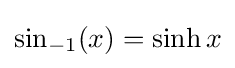
\sin _{-1}(x)=\sinh x